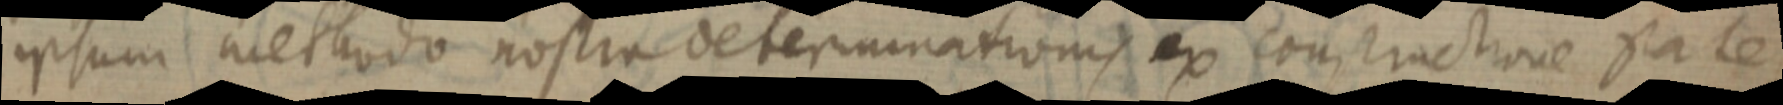
ipsum methodo nostra determinationis ex constructione sa te